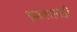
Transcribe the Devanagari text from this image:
प्रजाजनही